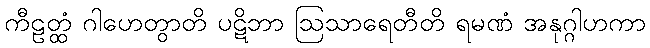
ကီဠတ္ထံ ဂါဟေတွာတိ ပဋိဘာ ဩသာရေတီတိ ရမဏံ အနုဂ္ဂါဟကာ